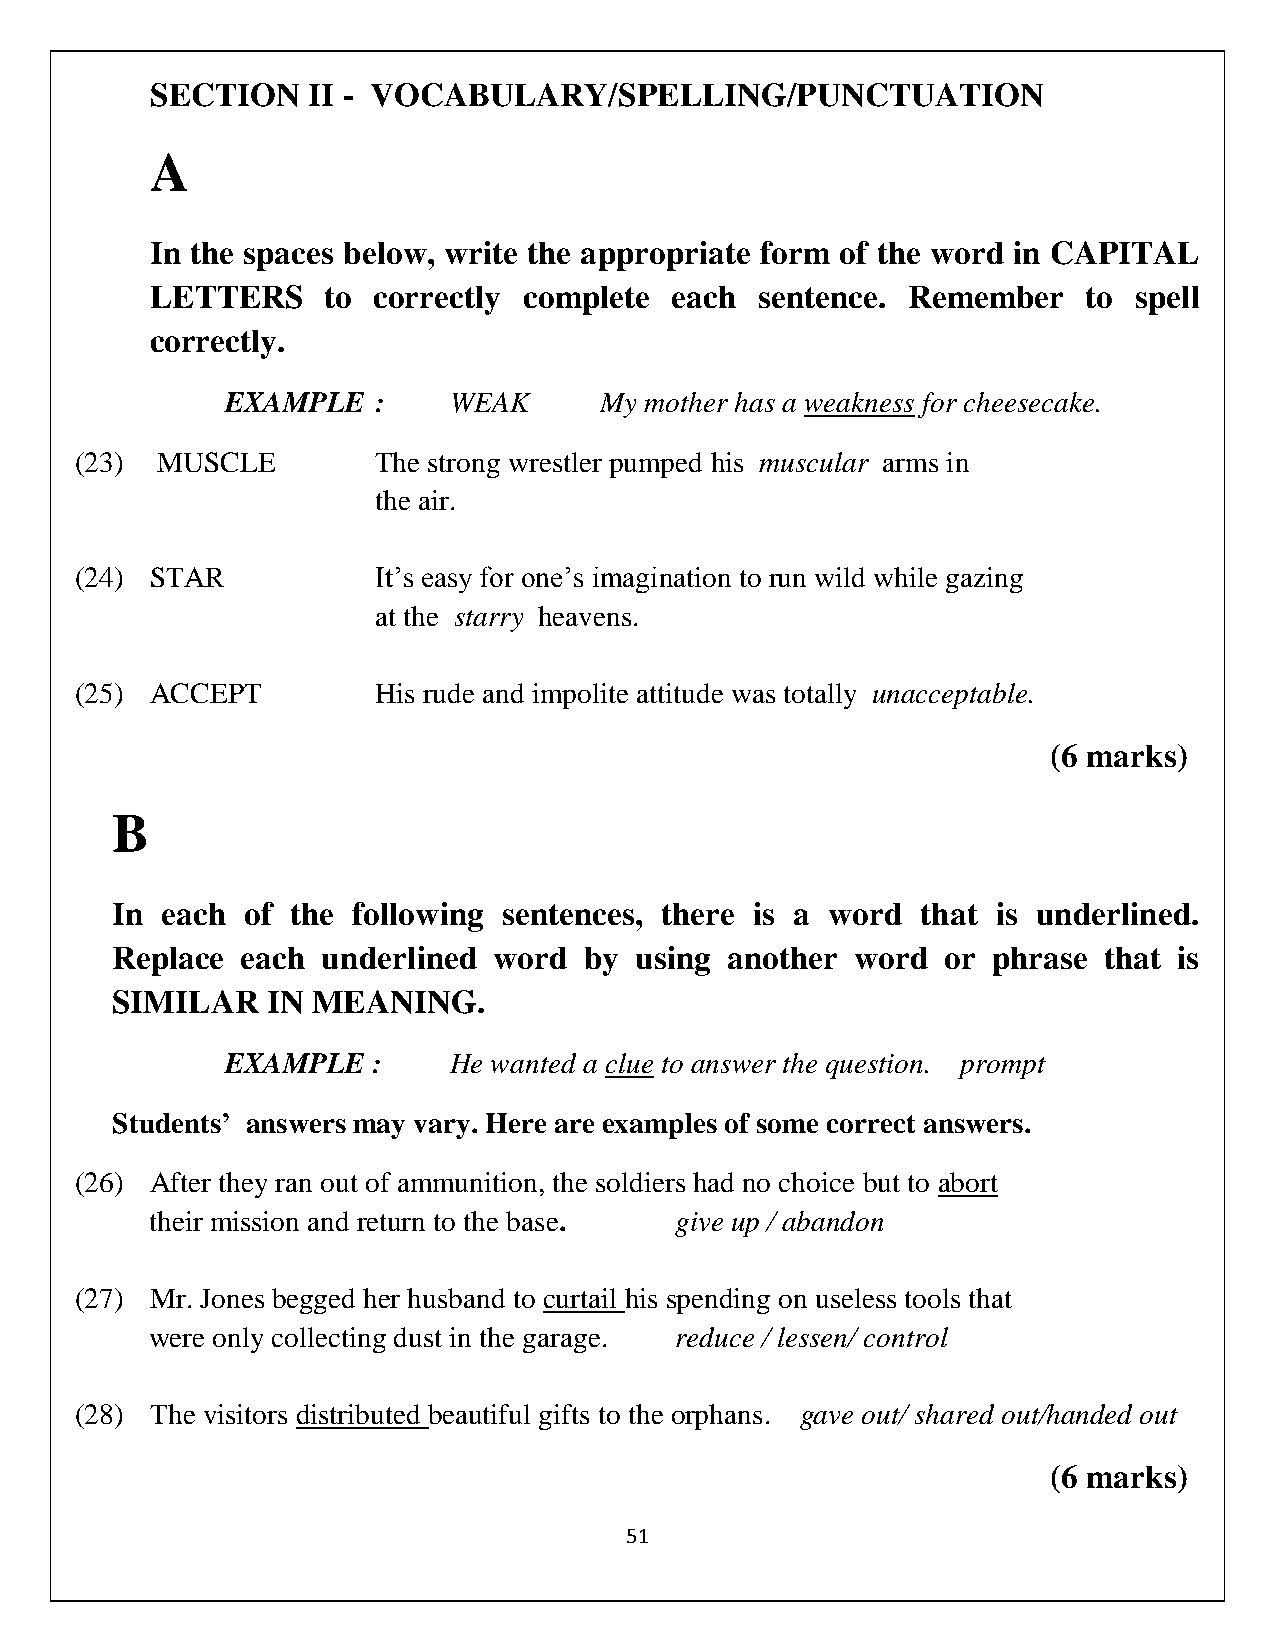
SECTION   II - VOCABULARY/SPELLING/PUNCTUATION
 A
 In the spaces below, write the appropriate form of the word in CAPITAL
 LETTERS     to correctly complete each  sentence. Remember    to spell
 correctly.
 EXAMPLE   :    WEAK      My mother has a weakness for cheesecake.
 (23) MUSCLE         The strong wrestler pumped his muscular arms in
 the air.
 (24) STAR           It’s easy for one’s imagination to run wild while gazing
 at the starry heavens.
 (25) ACCEPT         His rude and impolite attitude was totally unacceptable.
 (6 marks)
 B
 In  each of the following sentences, there is a word  that is underlined.
 Replace  each underlined  word  by using another  word  or phrase that is
 SIMILAR    IN MEANING.
 EXAMPLE   :    He wanted a clue to answer the question. prompt
 Students’ answers may vary. Here are examples of some correct answers.
 (26) After they ran out of ammunition, the soldiers had no choice but to abort
 their mission and return to the base. give up / abandon
 (27) Mr. Jones begged her husband to curtail his spending on useless tools that
 were only collecting dust in the garage. reduce / lessen/ control
 (28) The visitors distributed beautiful gifts to the orphans. gave out/ shared out/handed out
 (6 marks)
 51